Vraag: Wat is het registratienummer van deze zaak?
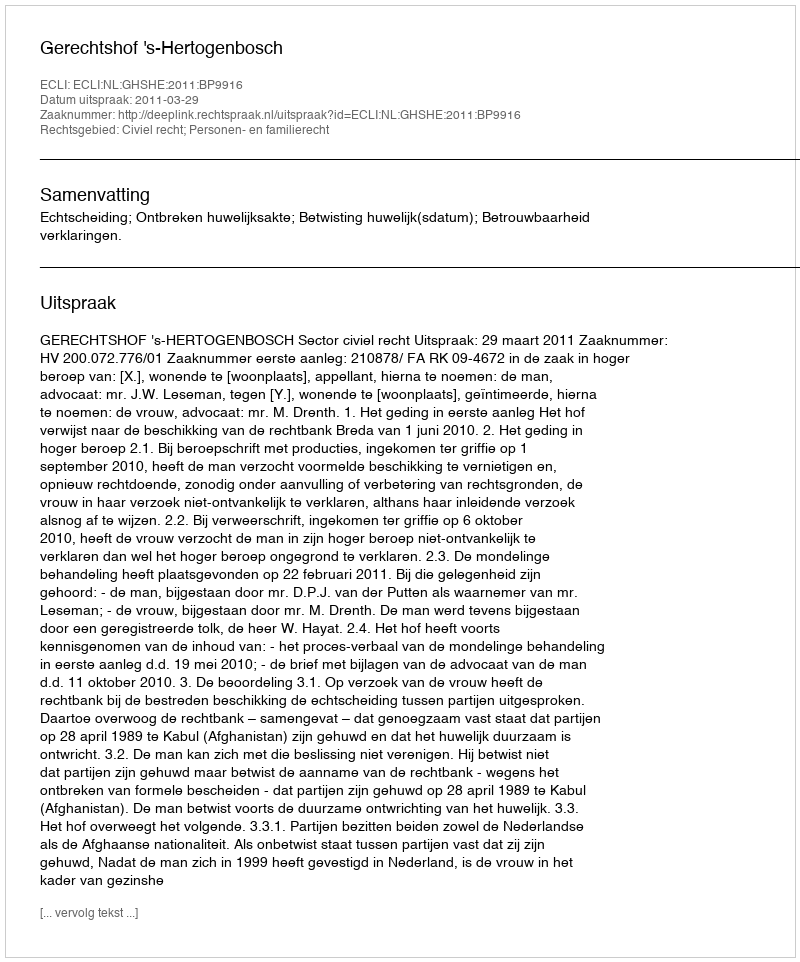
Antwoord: http://deeplink.rechtspraak.nl/uitspraak?id=ECLI:NL:GHSHE:2011:BP9916